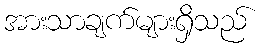
အားသာချက်များရှိသည်